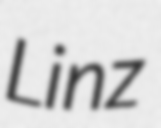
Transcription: Linz